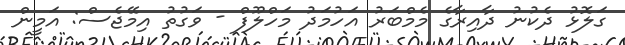
ގަލޮޅު ދެކުނު ދާއިރާގެ މެމްބަރު އަހުމަދު މަހްލޫފް - ވަގުތު އިމޭޖެސް: އަމީން